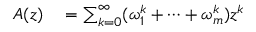
\begin{array} { r l } { A ( z ) } & { { } = \sum _ { k = 0 } ^ { \infty } ( \omega _ { 1 } ^ { k } + \cdots + \omega _ { m } ^ { k } ) z ^ { k } } \end{array}